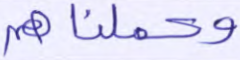
وحملناهم